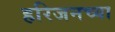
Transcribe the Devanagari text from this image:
हरिजनच्या